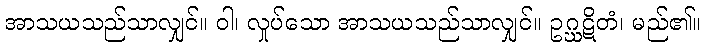
အာသယသည်သာလျှင်။ ဝါ၊ လှုပ်သော အာသယသည်သာလျှင်။ ဥဂ္ဃဋိတံ၊ မည်၏။